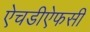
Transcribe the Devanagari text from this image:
ऐचडीऐफसी